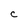
Character: C